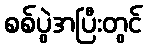
စစ်ပွဲအပြီးတွင်